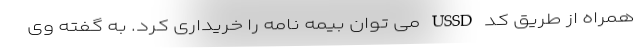
همراه از طریق کد USSD می توان بیمه نامه را خریداری کرد. به گفته وی